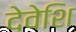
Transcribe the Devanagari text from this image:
देवेशि